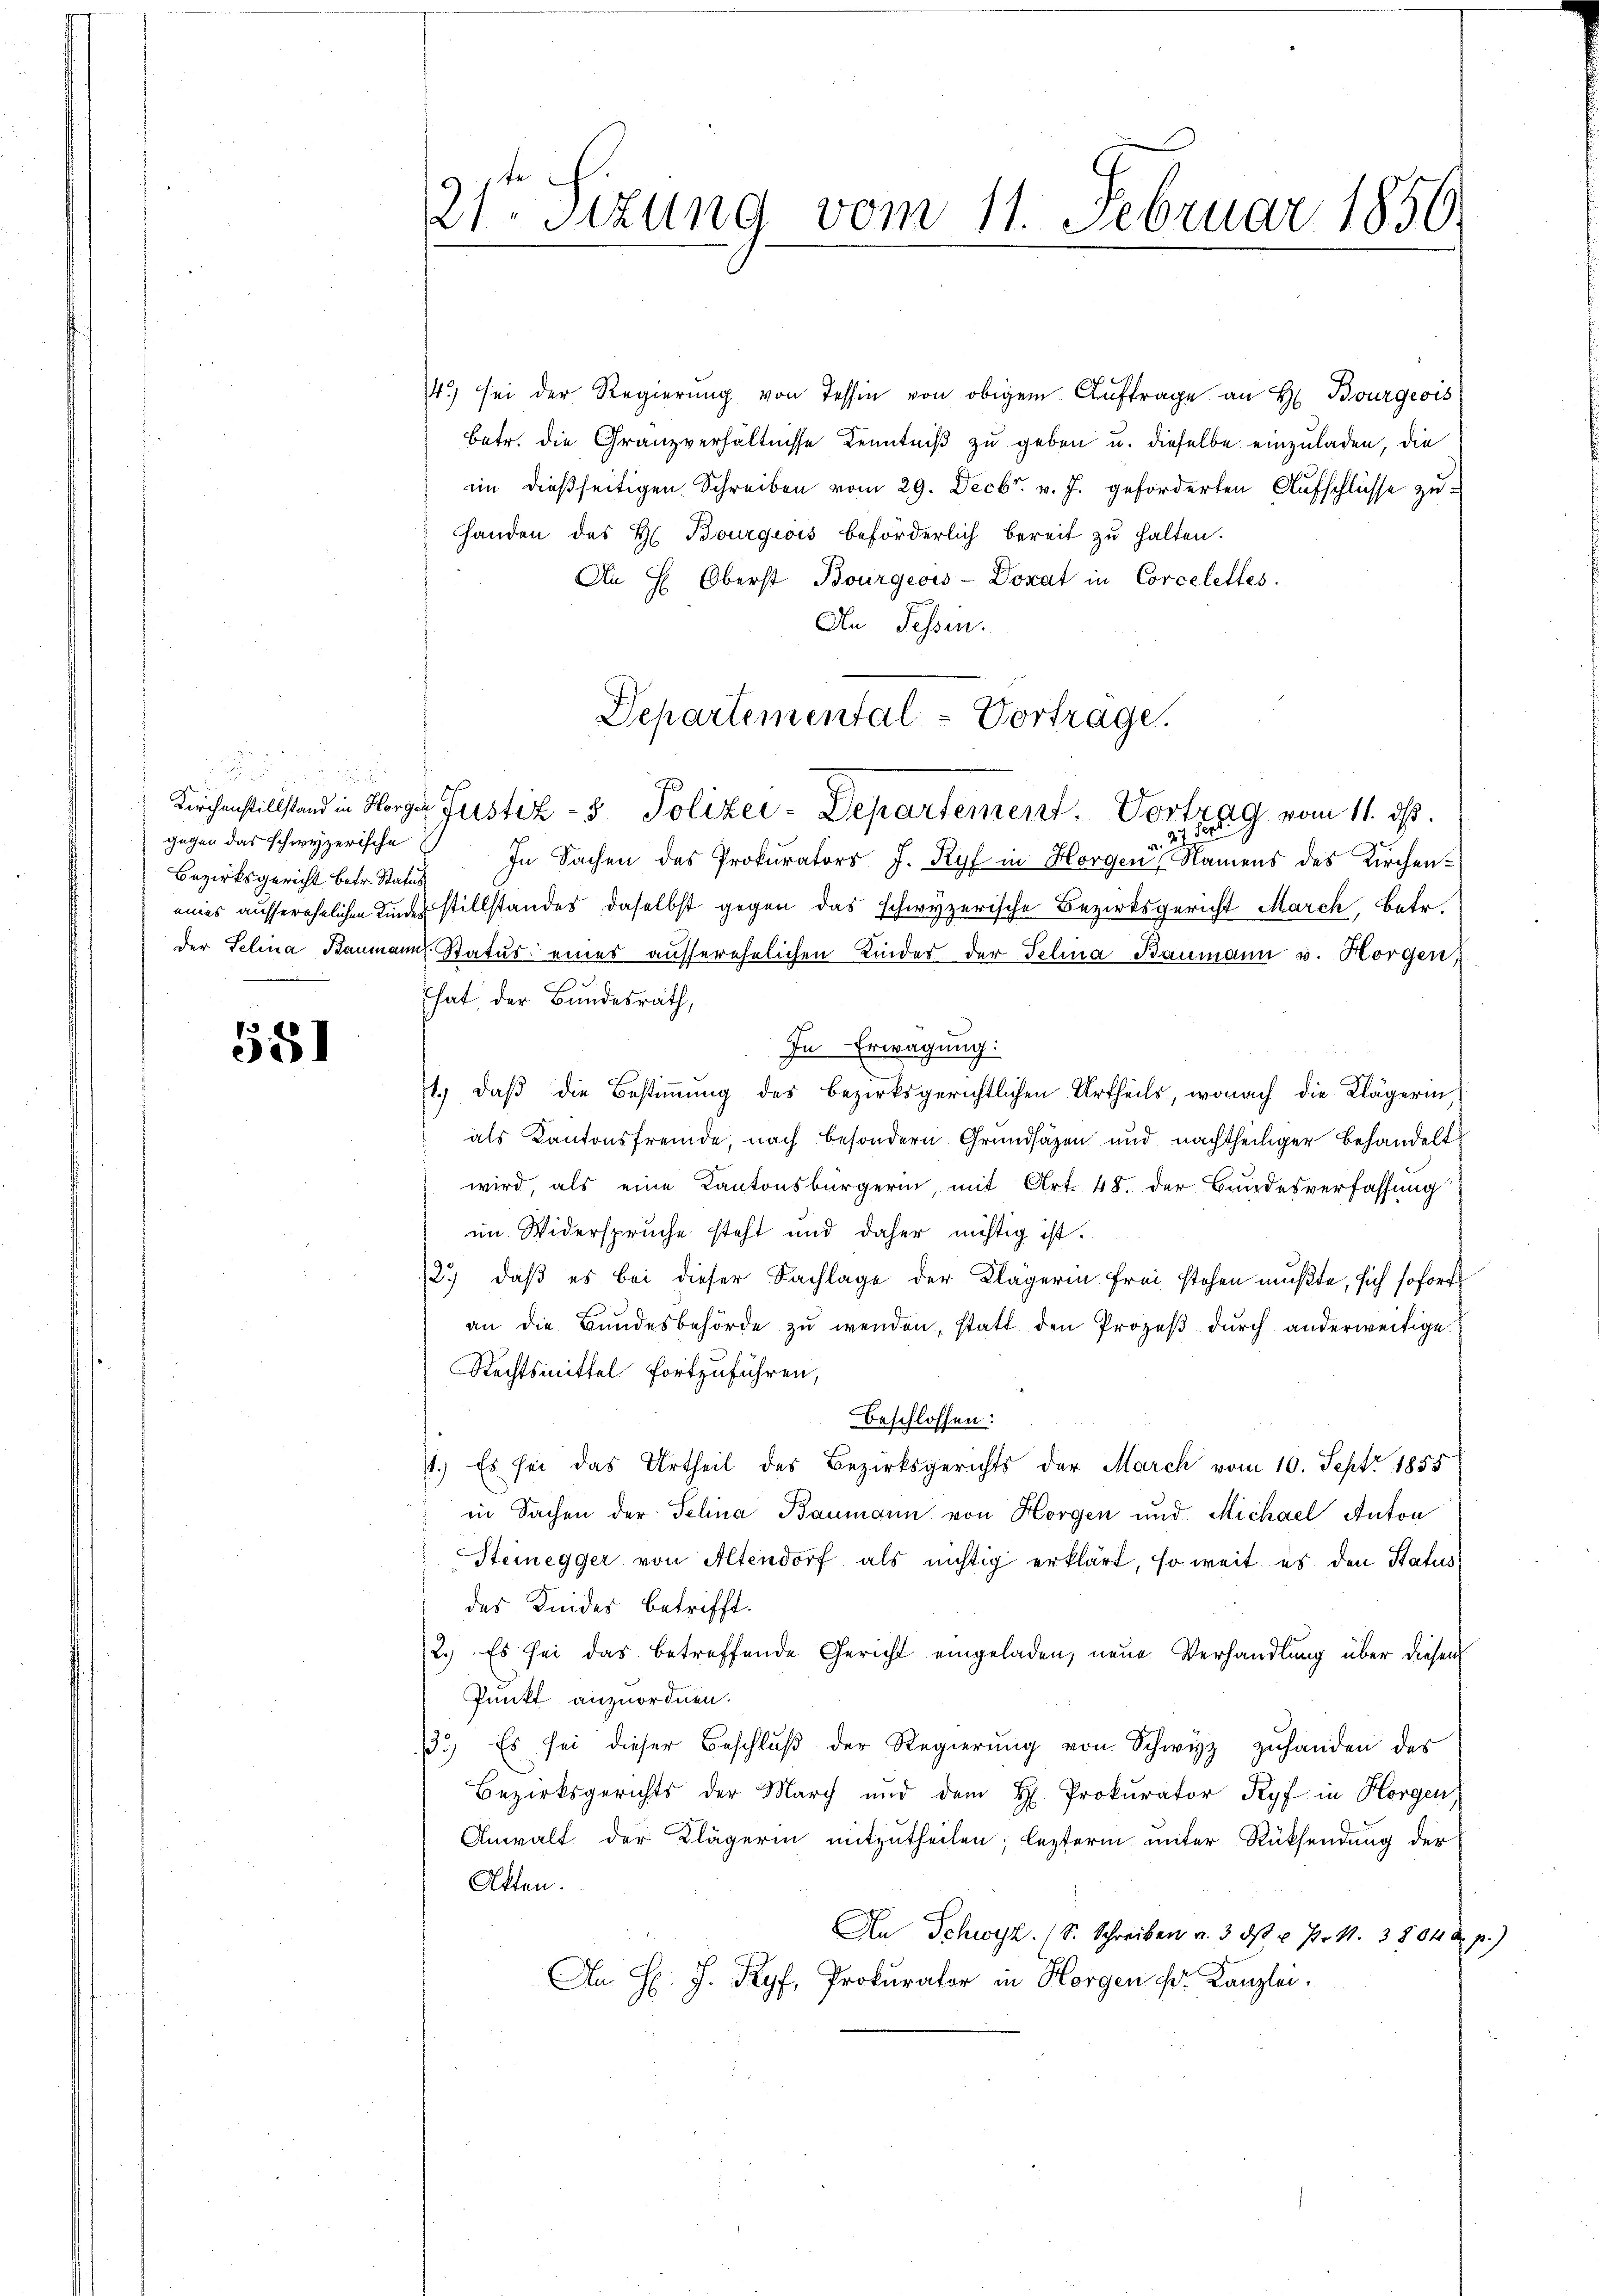
gegen das schwyzerische
Bezirksgericht betr. Status

551

14.) sei der Regierung von Tessin von obigem Auftrage an H. Bourgeois
betr. die Granzverhältnisse Kenntniß zu geben u. dieselbe einzuladen, die
im dießseitigen Schreiben vom 29. Decbr. v. J. geforderten Aufschlüsse zu¬
Handen des H. Bourgeois beförderlich bereit zŭ halten.
An H. Oberst Bourgeois-Donat in Corcelettes.
An Fessen.
Kirchenstillstand in Horger Justiz- & Polizei-Departement. Vortrag vom 11. ds.
In Sachen des Prokurators J. Ryf in Horgen Namens des Kircheneines ausserehelichen Kinder stillstandes, daselbst gegen das schwyzerische Bezirksgericht March, betr.
der Selina Baumann. Status eines ausserehelichen Kinder der Felina Baumann v. Horgen,
hat, der Bundesrath,
In Erwägung:
1.) Daß die Bestimmung des bezirksgerichtlichen Urtheils, wonach die Klägerin,
als Kantonsfremde, noch besondern Grundsäzen und nachtheiliger Behandelt
wird, als eine Kantonsbürgerin, mit Art. 48. der Bundesverfassung
im Widerspruche steht und daher nichtig ist.
2.) daß es bei dieser Sachlage der Klägerin frei stehen mußte, sich sofort
an die Bŭndesbehörde zŭ wenden, statt den Prozeβ dŭrch anderweitige
Rechtsmittel fortzuführen,
Beschlossen:
st.) Es sei das Urtheil des Bezirksgerichts der March vom 10. Sept. 1855
in Sachen der Selina Baumann von Horgen und Michael Anton
Steinegger von Altendorf als nichtig erklärt, so weit es den Status
das Kindes betrifft.
2.) Es sei das betreffende Gericht eingeladen, neue Verhandlung über diesen
Punkt anzuordnen.
3.) Es sei dieser Beschlŭβ der Regierŭng von Schwyz zuhanden des
Bezirksgerichts der March und dem H. Prokurator Ryf in Horgen
Anwalt der Klägerin mitzŭtheilen; lezterm unter Rücksendung der
Atten.
An Schwest. (S. Schreiben v. 3. dβ u P. 1. 3804 u. p.)
Da H: J. Ryf, Prokurator in Horgen Dr. Kanzlei.

21 sizung vom 11. Februar 1850.

Departemental-Vortrage.